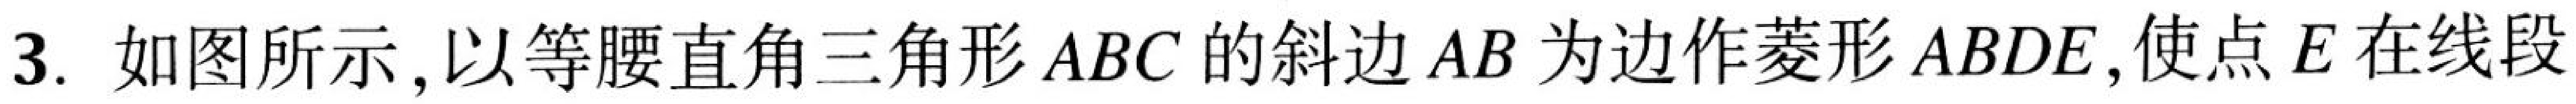
3. 如图所示,以等腰直角三角形$ABC$的斜边$AB$为边作菱形$ABDE$,使点$E$在线段